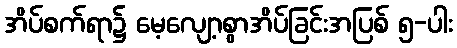
အိပ်စက်ရာ၌ မေ့လျော့စွာအိပ်ခြင်းအပြစ် ၅-ပါး